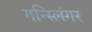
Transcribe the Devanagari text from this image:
गन्स्लिंगर